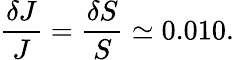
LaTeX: \frac{\delta J}{J}=\frac{\delta S}{S}\simeq 0.010.